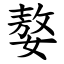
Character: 嫯